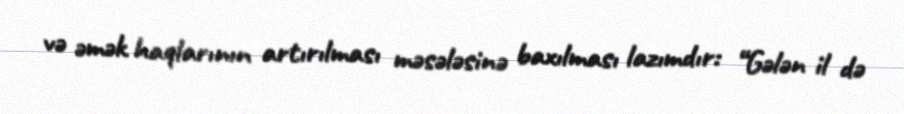
və əmək haqlarının artırılması məsələsinə baxılması lazımdır: “Gələn il də